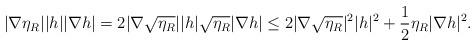
LaTeX: \begin{align*}|\nabla \eta_R | |h| |\nabla h| = 2 |\nabla \sqrt{\eta_R}| |h| \sqrt{\eta_R}|\nabla h| \leq 2|\nabla \sqrt{\eta_R}|^2 |h|^2 + \frac{1}{2} \eta_R |\nabla h|^2.\end{align*}